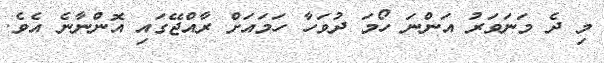
މި ދެ މަނަވަރު އަންނަ ހޯމަ ދުވަހާ ހަމައަށް ރާއްޖޭގައި އޮންނާނެ އެވެ.